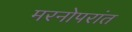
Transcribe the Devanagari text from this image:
मरनोपरांत